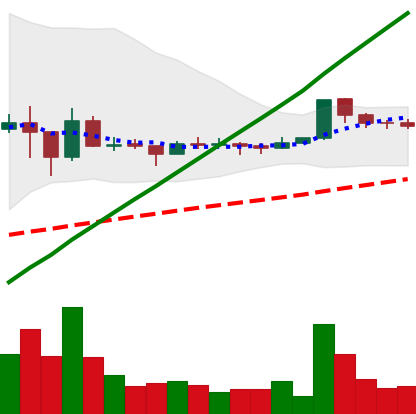
Ticker: DOGE-USD
Chart end date: 2021-03-12
Forward return: 4.163%
Label: up_3_5